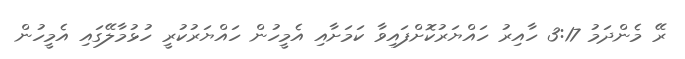
ރޭ މެންދަމު 3:17 ހާއިރު ހައްޔަރުކޮށްފައިވާ ކަމަށާއި އެމީހުން ހައްޔަރުކުރީ ހުޅުމާލޭގައި އެމީހުން